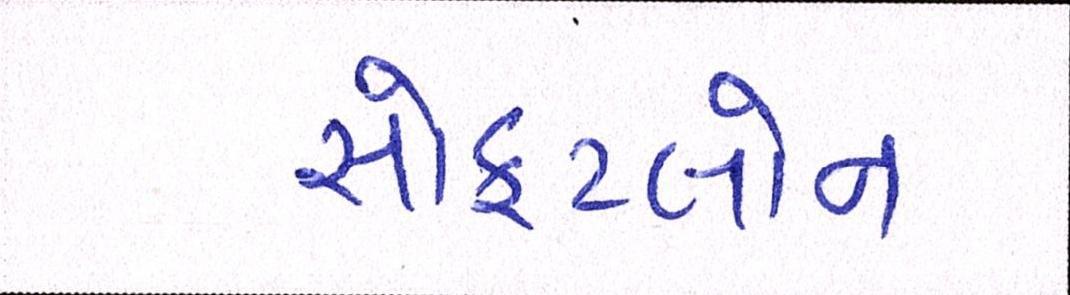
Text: સોફટલોન